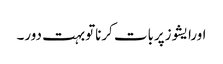
اورایشوزپربات کرناتوبہت دور۔